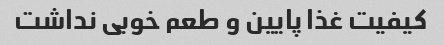
کیفیت غذا پایین و طعم خوبی نداشت